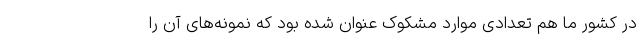
در کشور ما هم تعدادی موارد مشکوک عنوان شده بود که نمونه‌های آن را